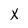
Character: x